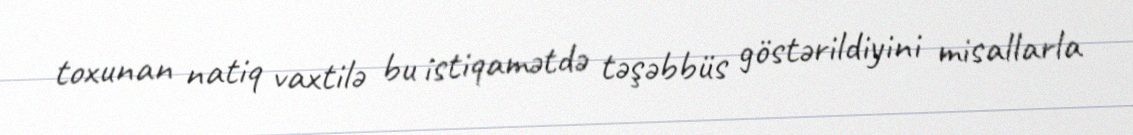
toxunan natiq vaxtilə bu istiqamətdə təşəbbüs göstərildiyini misallarla